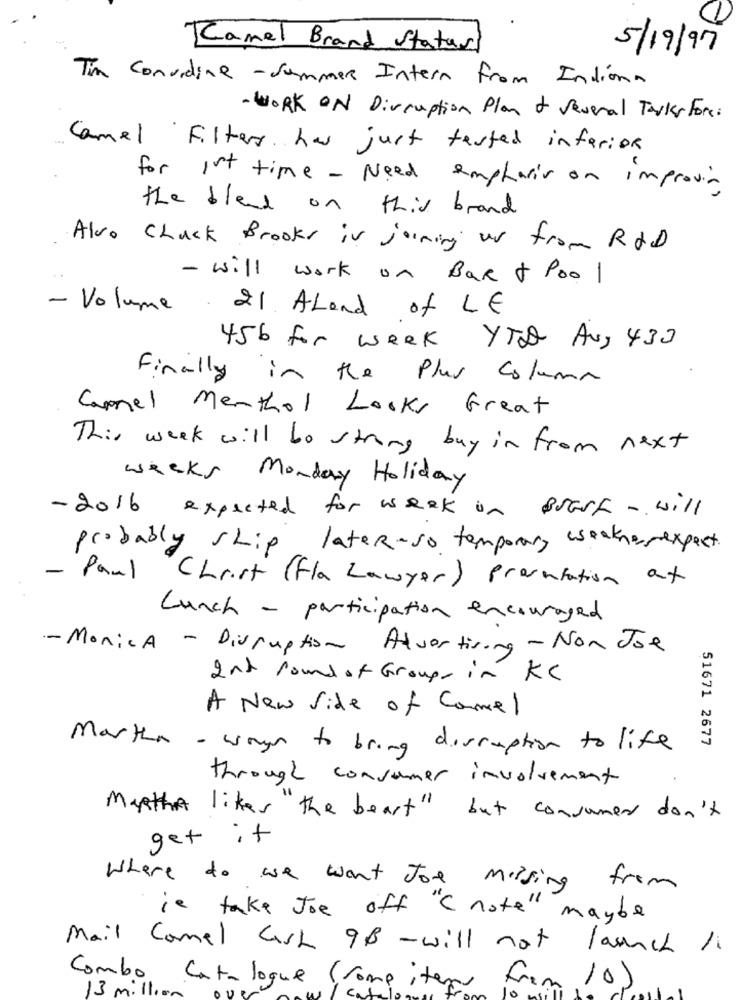
Camel Brand Status
5/19/97
To convidine -Summer Intern From Indiana
- WORK ON Disruption Plan of Several Tasks Fore:
Camel Filter has just tested inferior
for ist time - Need emphasis on improving
the blend on this brand
Also Chuck Brooks is joining us from RAD
- will work on Bak + Poo 1
- Volume 21 ALend of LE
456 for week YTA Avg 430
Finally in the Plus Column
Camel Menthol Looks Great
This week will to strong buy in from next
weeks Monday Holiday
- 2016 expected for week in Brarf - will
probably ship later-so temporary weaknessexpect.
- Paul Christ (Fla Lawyer ) Prontation at
Lunch - participation encouraged
- Monica - Disruption Advertising - Non Jose
2nd round of Groups in KC
A New Side of Camel
Martha - ways to bring disruption to life
51671 2677
through consumer involvement
Martha likes the beast" but consumed don't
get it
Where do we want Joe missing from
is take Joe off "( note" maybe
Mail Comel Cash 98 - will not launch /1
Combo Catalogue (rome item For
10)
13 million